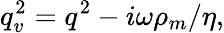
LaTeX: q_{v}^{2}=q^{2}-i\omega\rho_{m}/\eta,